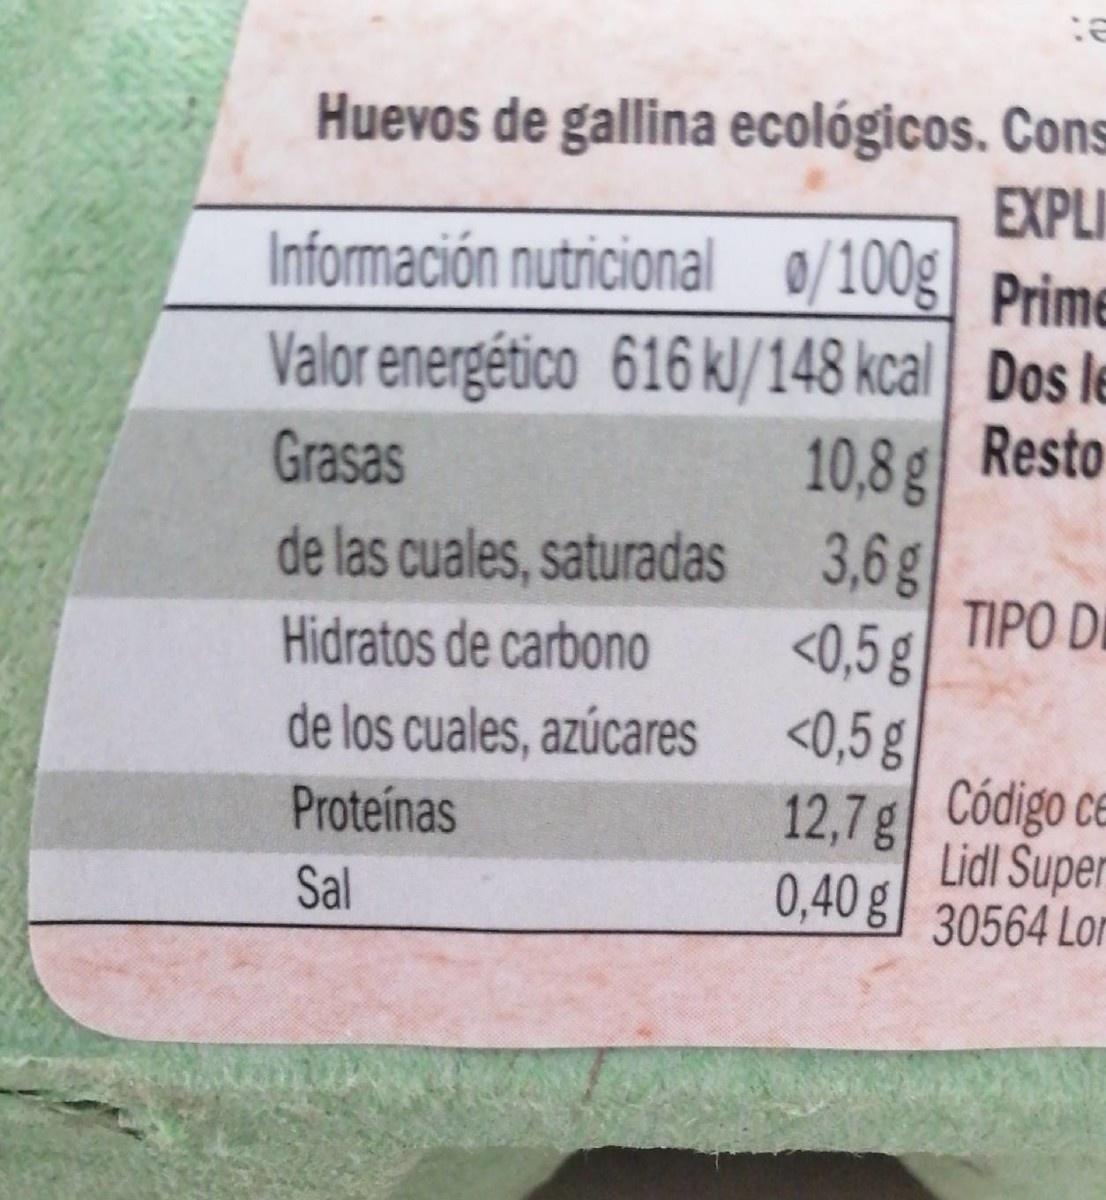
Huevos de gallina ecológicos. Cons EXPLI Información nutricional 0/100g] Prime
Valor energético 616 kl/148 kcal Dos le Resto 10,8 g
Grasas
3,6g TIPO DI <0,5 g <0,5 g
de las cuales, saturadas
Hidratos de carbono
de los cuales, azúcares
12,7g Código ce Lidl Super 0,40g 30564 Lor
Proteínas
Sal